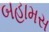
બહામસ